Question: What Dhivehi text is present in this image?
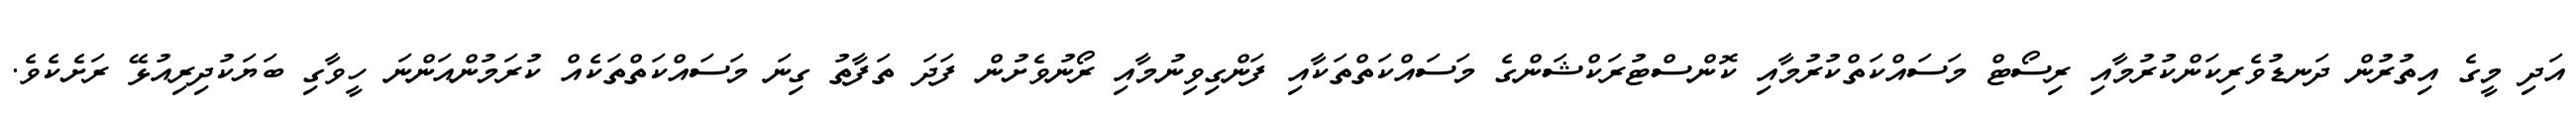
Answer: އަދި މީގެ އިތުރުން ދަނޑުވެރިކަންކުރުމާއި ރިސޯޓް މަސައްކަތްކުރުމާއި ކޮންސްޓުރަކްޝަންގެ މަސައްކަތްތަކާއި ފަންގިވިނުމާއި ރޯނުވެށުން ފަދަ ތަފާތު ގިނަ މަސައްކަތްތަކެއް ކުރަމުންއަންނަ ހީވާގި ބަޔަކުދިރިއުޅޭ ރަށެކެވެ.